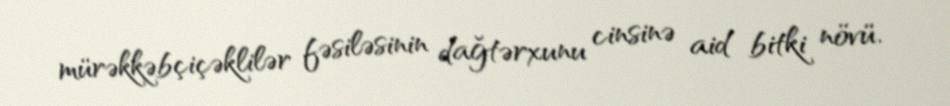
mürəkkəbçiçəklilər fəsiləsinin dağtərxunu cinsinə aid bitki növü.